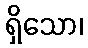
ရှိသော၊